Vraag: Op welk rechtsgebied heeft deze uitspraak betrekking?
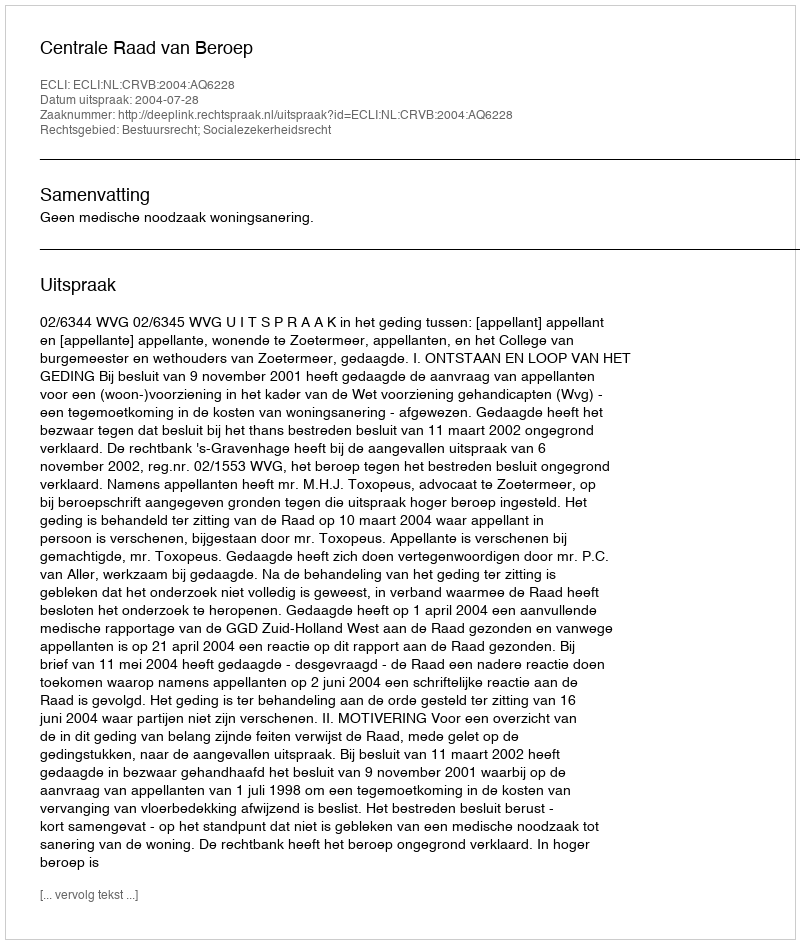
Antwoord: Bestuursrecht; Socialezekerheidsrecht